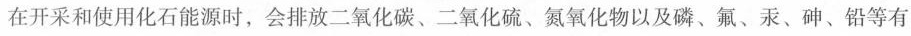
在开采和使用化石能源时，会排放二氧化碳、二氧化硫、氮氧化物以及磷、氟、汞、砷、铅等有